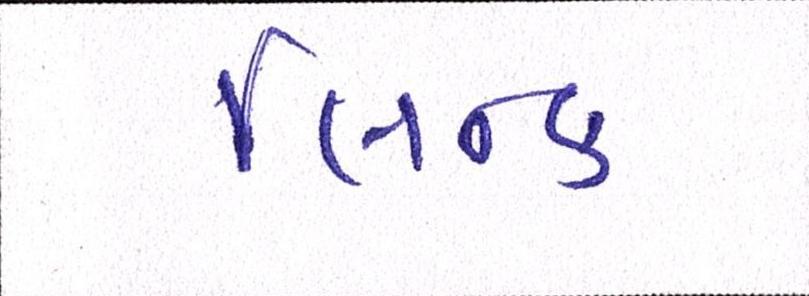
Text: લિન્ક